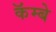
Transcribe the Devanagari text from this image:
कॅम्बे